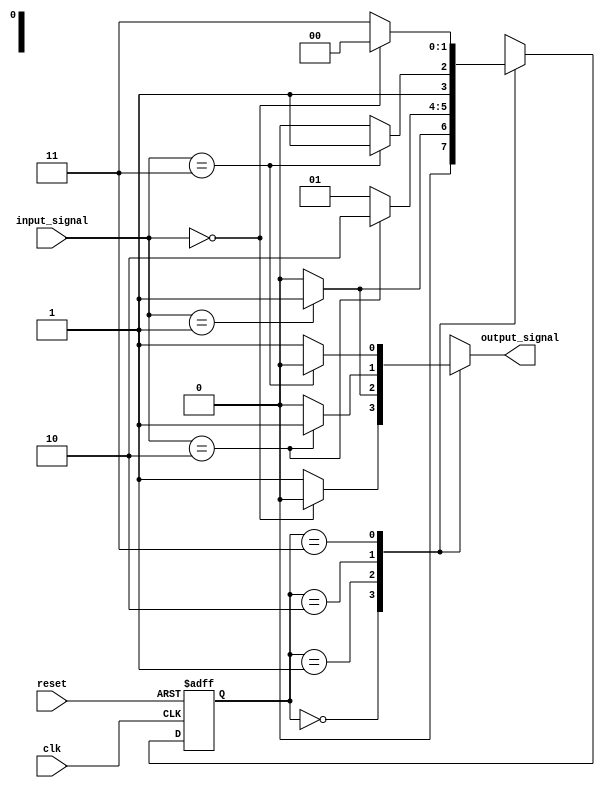
module MealyStateMachine #(
    parameter N = 2,                // Number of bits for state representation
    parameter M = 2                 // Number of bits for input signals
)(
    input wire clk,                 // Clock signal
    input wire reset,               // Asynchronous reset
    input wire [M-1:0] input_signal,// Input signals
    output reg output_signal        // Output signal
);

    // State encoding
    localparam S0 = 2'b00;          // State 0
    localparam S1 = 2'b01;          // State 1
    localparam S2 = 2'b10;          // State 2
    localparam S3 = 2'b11;          // State 3

    // State register
    reg [N-1:0] current_state;

    // Next state logic
    reg [N-1:0] next_state;

    // Combinatorial output logic (Mealy output)
    always @(*) begin
        case (current_state)
            S0: output_signal = (input_signal == 2'b00) ? 1'b0 : 1'b1; // Example condition
            S1: output_signal = (input_signal == 2'b01) ? 1'b1 : 1'b0;
            S2: output_signal = (input_signal == 2'b10) ? 1'b1 : 1'b0;
            S3: output_signal = (input_signal == 2'b11) ? 1'b0 : 1'b1;
            default: output_signal = 1'b0; // Default case
        endcase
    end

    // State transition logic
    always @(*) begin
        case (current_state)
            S0: begin
                if (input_signal == 2'b01)
                    next_state = S1;
                else
                    next_state = S0;
            end
            S1: begin
                if (input_signal == 2'b10)
                    next_state = S2;
                else
                    next_state = S1;
            end
            S2: begin
                if (input_signal == 2'b11)
                    next_state = S3;
                else
                    next_state = S2;
            end
            S3: begin
                if (input_signal == 2'b00)
                    next_state = S0;
                else
                    next_state = S3;
            end
            default: next_state = S0; // Default case
        endcase
    end

    // State register update on clock edge
    always @(posedge clk or posedge reset) begin
        if (reset)
            current_state <= S0; // Reset to initial state
        else
            current_state <= next_state; // Update state
    end

endmodule